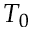
T _ { 0 }